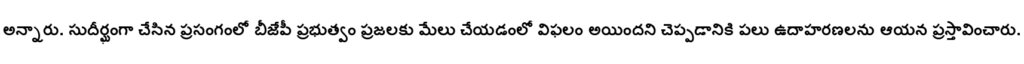
అన్నారు. సుదీర్ఘంగా చేసిన ప్రసంగంలో బీజేపీ ప్రభుత్వం ప్రజలకు మేలు చేయడంలో విఫలం అయిందని చెప్పడానికి పలు ఉదాహరణలను ఆయన ప్రస్తావించారు.